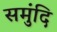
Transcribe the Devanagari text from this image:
समुंदि